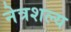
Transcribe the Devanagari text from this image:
नेत्रशल्य